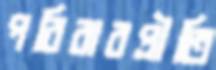
পরিবারপ্রীতি